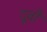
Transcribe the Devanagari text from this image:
दूबी